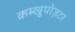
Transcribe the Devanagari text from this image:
कम्खुपोज़टर